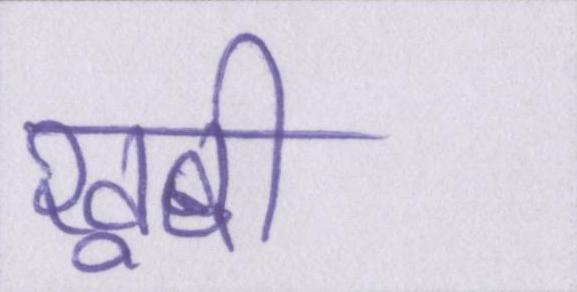
खूबी